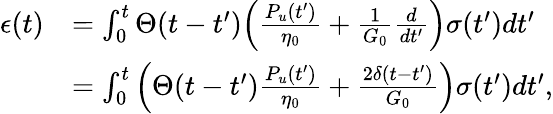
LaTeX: \begin{array}{rl}{{\epsilon}(t)}&{=\int_{0}^{t}\Theta(t-t^{\prime})\Big(\frac{P_{u}(t^{\prime})}{\eta_{0}}+\frac{1}{G_{0}}\frac{d}{dt^{\prime}}\Big)\sigma(t^{\prime})dt^{\prime}}\\ &{=\int_{0}^{t}\Big(\Theta(t-t^{\prime})\frac{P_{u}(t^{\prime})}{\eta_{0}}+\frac{2\delta(t-t^{\prime})}{G_{0}}\Big)\sigma(t^{\prime})dt^{\prime},}\end{array}